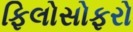
ફિલોસોફરો